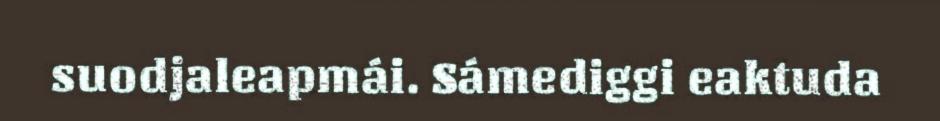
suodjaleapmái. Sámediggi eaktuda